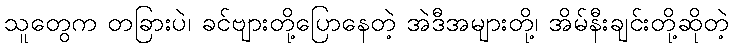
သူတွေက တခြားပဲ၊ ခင်ဗျားတို့ပြောနေတဲ့ အဲဒီအများတို့၊ အိမ်နီးချင်းတို့ဆိုတဲ့